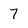
Character: 7